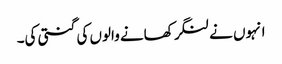
انہوں نے لنگر کھانے والوں کی گنتی کی۔